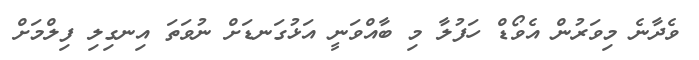
ވެދާނެ މިވަރުން އެވޯޑް ހަފުލާ މި ބާއްވަނީ އަޅުގަނޑަށް ނުވަތަ އިނގިލި ފިލްމަށް